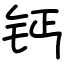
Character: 钙